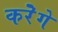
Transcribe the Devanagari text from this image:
करेॆगे